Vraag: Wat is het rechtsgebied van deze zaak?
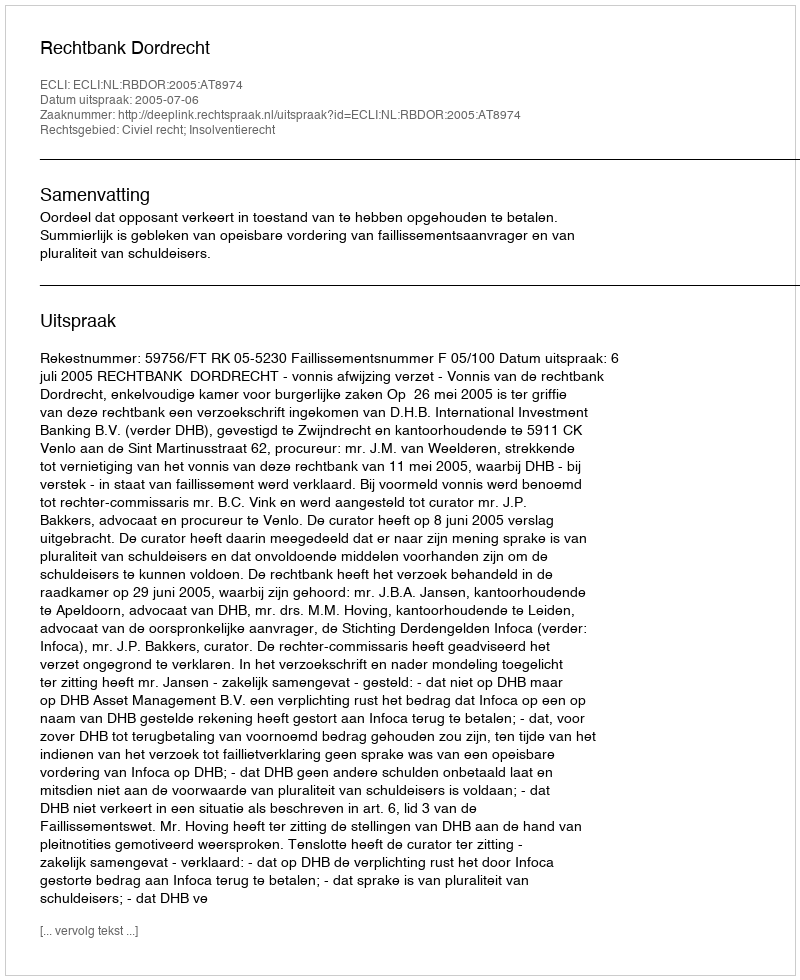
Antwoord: Civiel recht; Insolventierecht